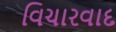
વિચારવાદ